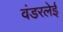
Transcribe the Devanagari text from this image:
वंडरलेई